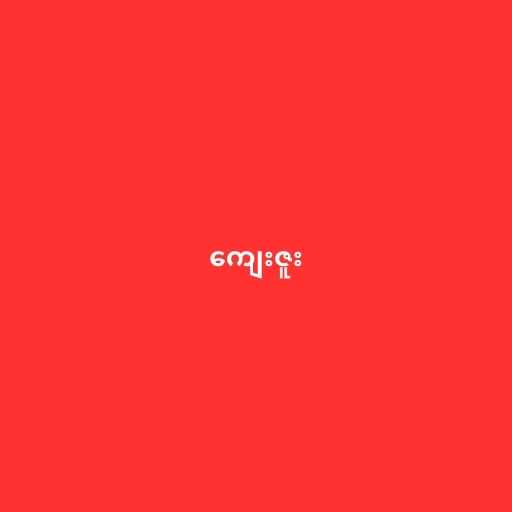
ကျေးဇူး